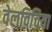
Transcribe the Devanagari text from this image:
वेलविचिया